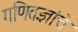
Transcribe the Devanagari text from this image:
गणितज्ञांचे